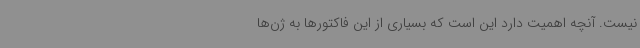
نیست. آنچه اهمیت دارد این است که بسیاری از این فاکتورها به ژن‌ها